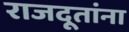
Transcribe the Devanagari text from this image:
राजदूतांना